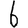
Digit: 6